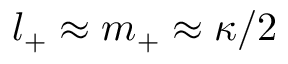
l _ { + } \approx m _ { + } \approx \kappa / 2